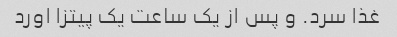
غذا سرد. و پس از یک ساعت یک پیتزا اورد